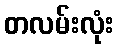
တလမ်းလုံး